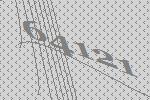
64121